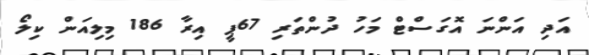
އަދި އަންނަ އޮގަސްޓް މަހު ދުންތަރި 67ޕީ އިރާ 186 މިލިއަން ކިލޯ